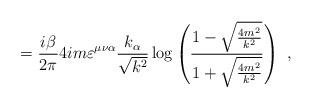
LaTeX: \begin{align*}=\frac{i\beta}{2\pi}4im\varepsilon^{\mu \nu \alpha}\frac{k_\alpha}{\sqrt{k^2}}\log \left(\frac{1-\sqrt{\frac{4m^2}{k^2}}}{1+\sqrt{\frac{4m^2}{k^2}}}\right)\,\,,\end{align*}